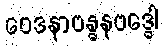
ဝေဒနာဗန္ဓနဗဒ္ဓေါ